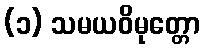
(၁) သမယဝိမုတ္တော